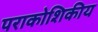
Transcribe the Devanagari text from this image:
पराकोशिकीय